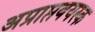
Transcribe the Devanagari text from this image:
अप्राप्तवयस्क